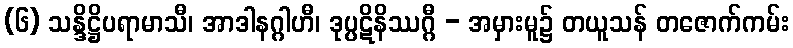
(၆) သန္ဒိဋ္ဌိပရာမာသီ၊ အာဒါနဂ္ဂါဟီ၊ ဒုပ္ပဋိနိဿဂ္ဂီ - အမှားမူ၌ တယူသန် တဇောက်ကမ်း